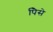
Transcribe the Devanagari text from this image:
पैिसे